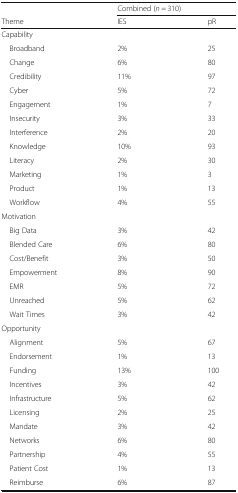
<table><thead><tr><td></td><td colspan="2"><b>Combined (<i>n</i> = 310)</b></td></tr><tr><td><b>Theme</b></td><td><b>IES</b></td><td><b>pR</b></td></tr></thead><tbody><tr><td colspan="3">Capability</td></tr><tr><td> Broadband</td><td>2%</td><td>25</td></tr><tr><td> Change</td><td>6%</td><td>80</td></tr><tr><td> Credibility</td><td>11%</td><td>97</td></tr><tr><td> Cyber</td><td>5%</td><td>72</td></tr><tr><td> Engagement</td><td>1%</td><td>7</td></tr><tr><td> Insecurity</td><td>3%</td><td>33</td></tr><tr><td> Interference</td><td>2%</td><td>20</td></tr><tr><td> Knowledge</td><td>10%</td><td>93</td></tr><tr><td> Literacy</td><td>2%</td><td>30</td></tr><tr><td> Marketing</td><td>1%</td><td>3</td></tr><tr><td> Product</td><td>1%</td><td>13</td></tr><tr><td> Workflow</td><td>4%</td><td>55</td></tr><tr><td colspan="3">Motivation</td></tr><tr><td> Big Data</td><td>3%</td><td>42</td></tr><tr><td> Blended Care</td><td>6%</td><td>80</td></tr><tr><td> Cost/Benefit</td><td>3%</td><td>50</td></tr><tr><td> Empowerment</td><td>8%</td><td>90</td></tr><tr><td> EMR</td><td>5%</td><td>72</td></tr><tr><td> Unreached</td><td>5%</td><td>62</td></tr><tr><td> Wait Times</td><td>3%</td><td>42</td></tr><tr><td colspan="3">Opportunity</td></tr><tr><td> Alignment</td><td>5%</td><td>67</td></tr><tr><td> Endorsement</td><td>1%</td><td>13</td></tr><tr><td> Funding</td><td>13%</td><td>100</td></tr><tr><td> Incentives</td><td>3%</td><td>42</td></tr><tr><td> Infrastructure</td><td>5%</td><td>62</td></tr><tr><td> Licensing</td><td>2%</td><td>25</td></tr><tr><td> Mandate</td><td>3%</td><td>42</td></tr><tr><td> Networks</td><td>6%</td><td>80</td></tr><tr><td> Partnership</td><td>4%</td><td>55</td></tr><tr><td> Patient Cost</td><td>1%</td><td>13</td></tr><tr><td> Reimburse</td><td>6%</td><td>87</td></tr></tbody></table>